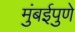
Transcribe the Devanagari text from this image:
मुंबईपुणे